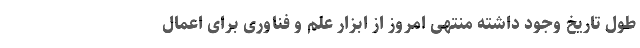
طول تاریخ وجود داشته منتهی امروز از ابزار علم و فناوری برای اعمال